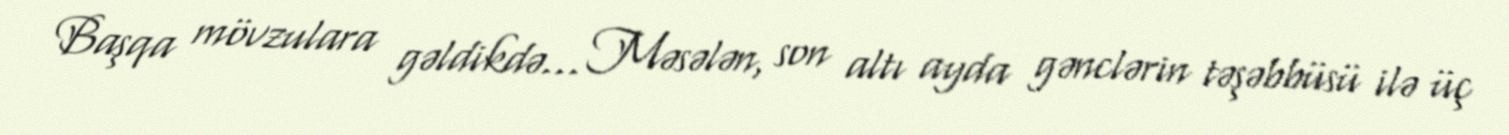
Başqa mövzulara gəldikdə… Məsələn, son altı ayda gənclərin təşəbbüsü ilə üç